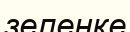
зеленке